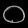
Digit: ၀